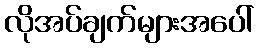
လိုအပ်ချက်များအပေါ်